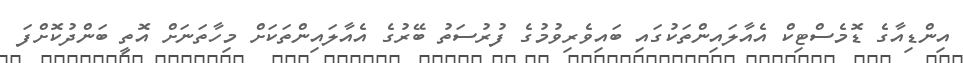
އިންޑިއާގެ ޑޮމެސްޓިކް އެއާލައިންތަކުގައި ބައިވެރިވުމުގެ ފުރުސަތު ބޭރުގެ އެއާލައިންތަކަށް މިހާތަނަށް އޮތީ ބަންދުކޮށްފަ